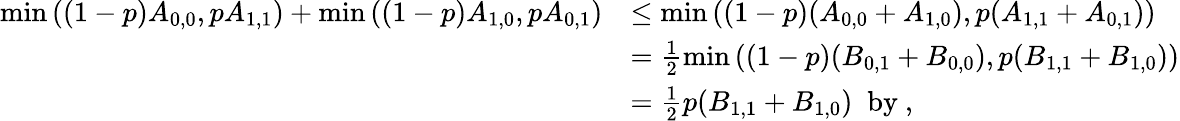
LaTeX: \begin{array}{rl}{\operatorname*{min}{((1-p)A_{0,0},pA_{1,1})}+\operatorname*{min}{((1-p)A_{1,0},pA_{0,1})}}&{\leq\operatorname*{min}{((1-p)(A_{0,0}+A_{1,0}),p(A_{1,1}+A_{0,1}))}}\\ &{=\frac{1}{2}\operatorname*{min}{((1-p)(B_{0,1}+B_{0,0}),p(B_{1,1}+B_{1,0}))}}\\ &{=\frac{1}{2}p(B_{1,1}+B_{1,0})\; \mathrm{~by~,}}\end{array}